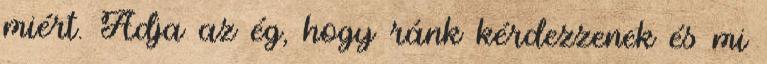
miért. Adja az ég, hogy ránk kérdezzenek és mi